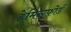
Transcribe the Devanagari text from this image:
हेमिन्ग्फ़ोर्ड